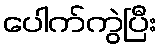
ပေါက်ကွဲပြီး